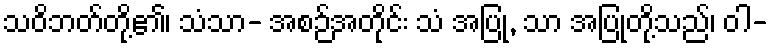
သဝိဘတ်တို့၏၊ သံသာ- အစဉ်အတိုင်း သံ အပြု, သာ အပြုတို့သည်၊ ဝါ-